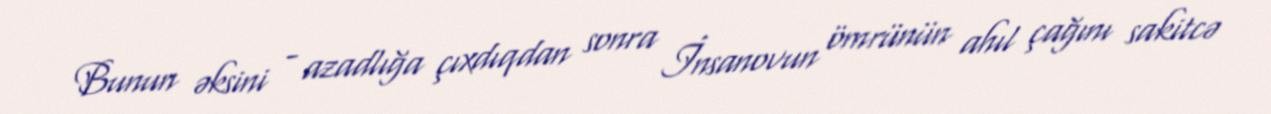
Bunun əksini - azadlığa çıxdıqdan sonra İnsanovun ömrünün ahıl çağını sakitcə